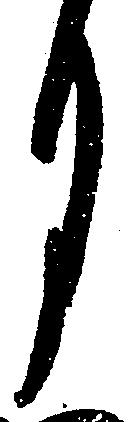
月